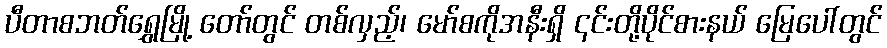
ပီတာစဘတ်ရွှေမြို့ တော်တွင် တစ်လှည့်၊ မော်စကိုအနီးရှိ ၎င်းတို့ပိုင်စားနယ် မြေပေါ်တွင်